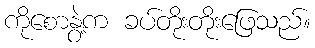
ကိုစောနွဲ့က ခပ်တိုးတိုးဖြေသည်။